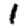
Digit: 1